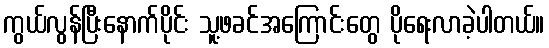
ကွယ်လွန်ပြီးနောက်ပိုင်း သူ့ဖခင်အကြောင်းတွေ ပိုရေးလာခဲ့ပါတယ်။